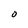
Character: 0